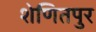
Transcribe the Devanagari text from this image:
शेणितपुर